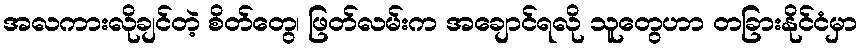
အလကားလိုချင်တဲ့ စိတ်တွေ၊ ဖြတ်လမ်းက အချောင်ရလို သူတွေဟာ တခြားနိုင်ငံမှာ